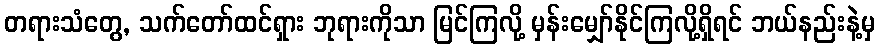
တရားသံတွေ, သက်တော်ထင်ရှား ဘုရားကိုသာ မြင်ကြလို့ မှန်းမျှော်နိုင်ကြလို့ရှိရင် ဘယ်နည်းနဲ့မှ